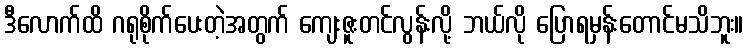
ဒီလောက်ထိ ဂရုစိုက်ပေးတဲ့အတွက် ကျေးဇူးတင်လွန်းလို့ ဘယ်လို ပြောရမှန်းတောင်မသိဘူး။